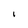
Character: l